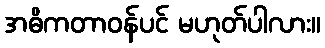
အဓိကတာဝန်ပင် မဟုတ်ပါလား။